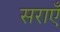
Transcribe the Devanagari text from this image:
सराएँ